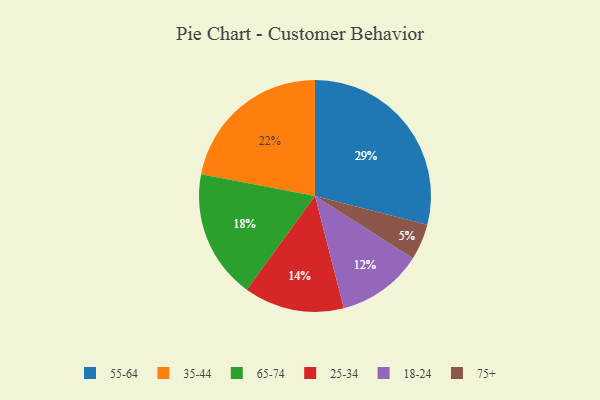
{"axis": {"x": "Category", "y": "Percentage"}, "legend": ["18-24", "25-34", "35-44", "55-64", "65-74", "75+"], "data": [{"x": "55-64", "y": 29, "type": "55-64"}, {"x": "75+", "y": 5, "type": "75+"}, {"x": "65-74", "y": 18, "type": "65-74"}, {"x": "25-34", "y": 14, "type": "25-34"}, {"x": "35-44", "y": 22, "type": "35-44"}, {"x": "18-24", "y": 12, "type": "18-24"}]}